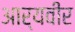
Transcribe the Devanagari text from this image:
आर्यवीर